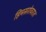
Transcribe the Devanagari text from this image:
हिमसरोवरात